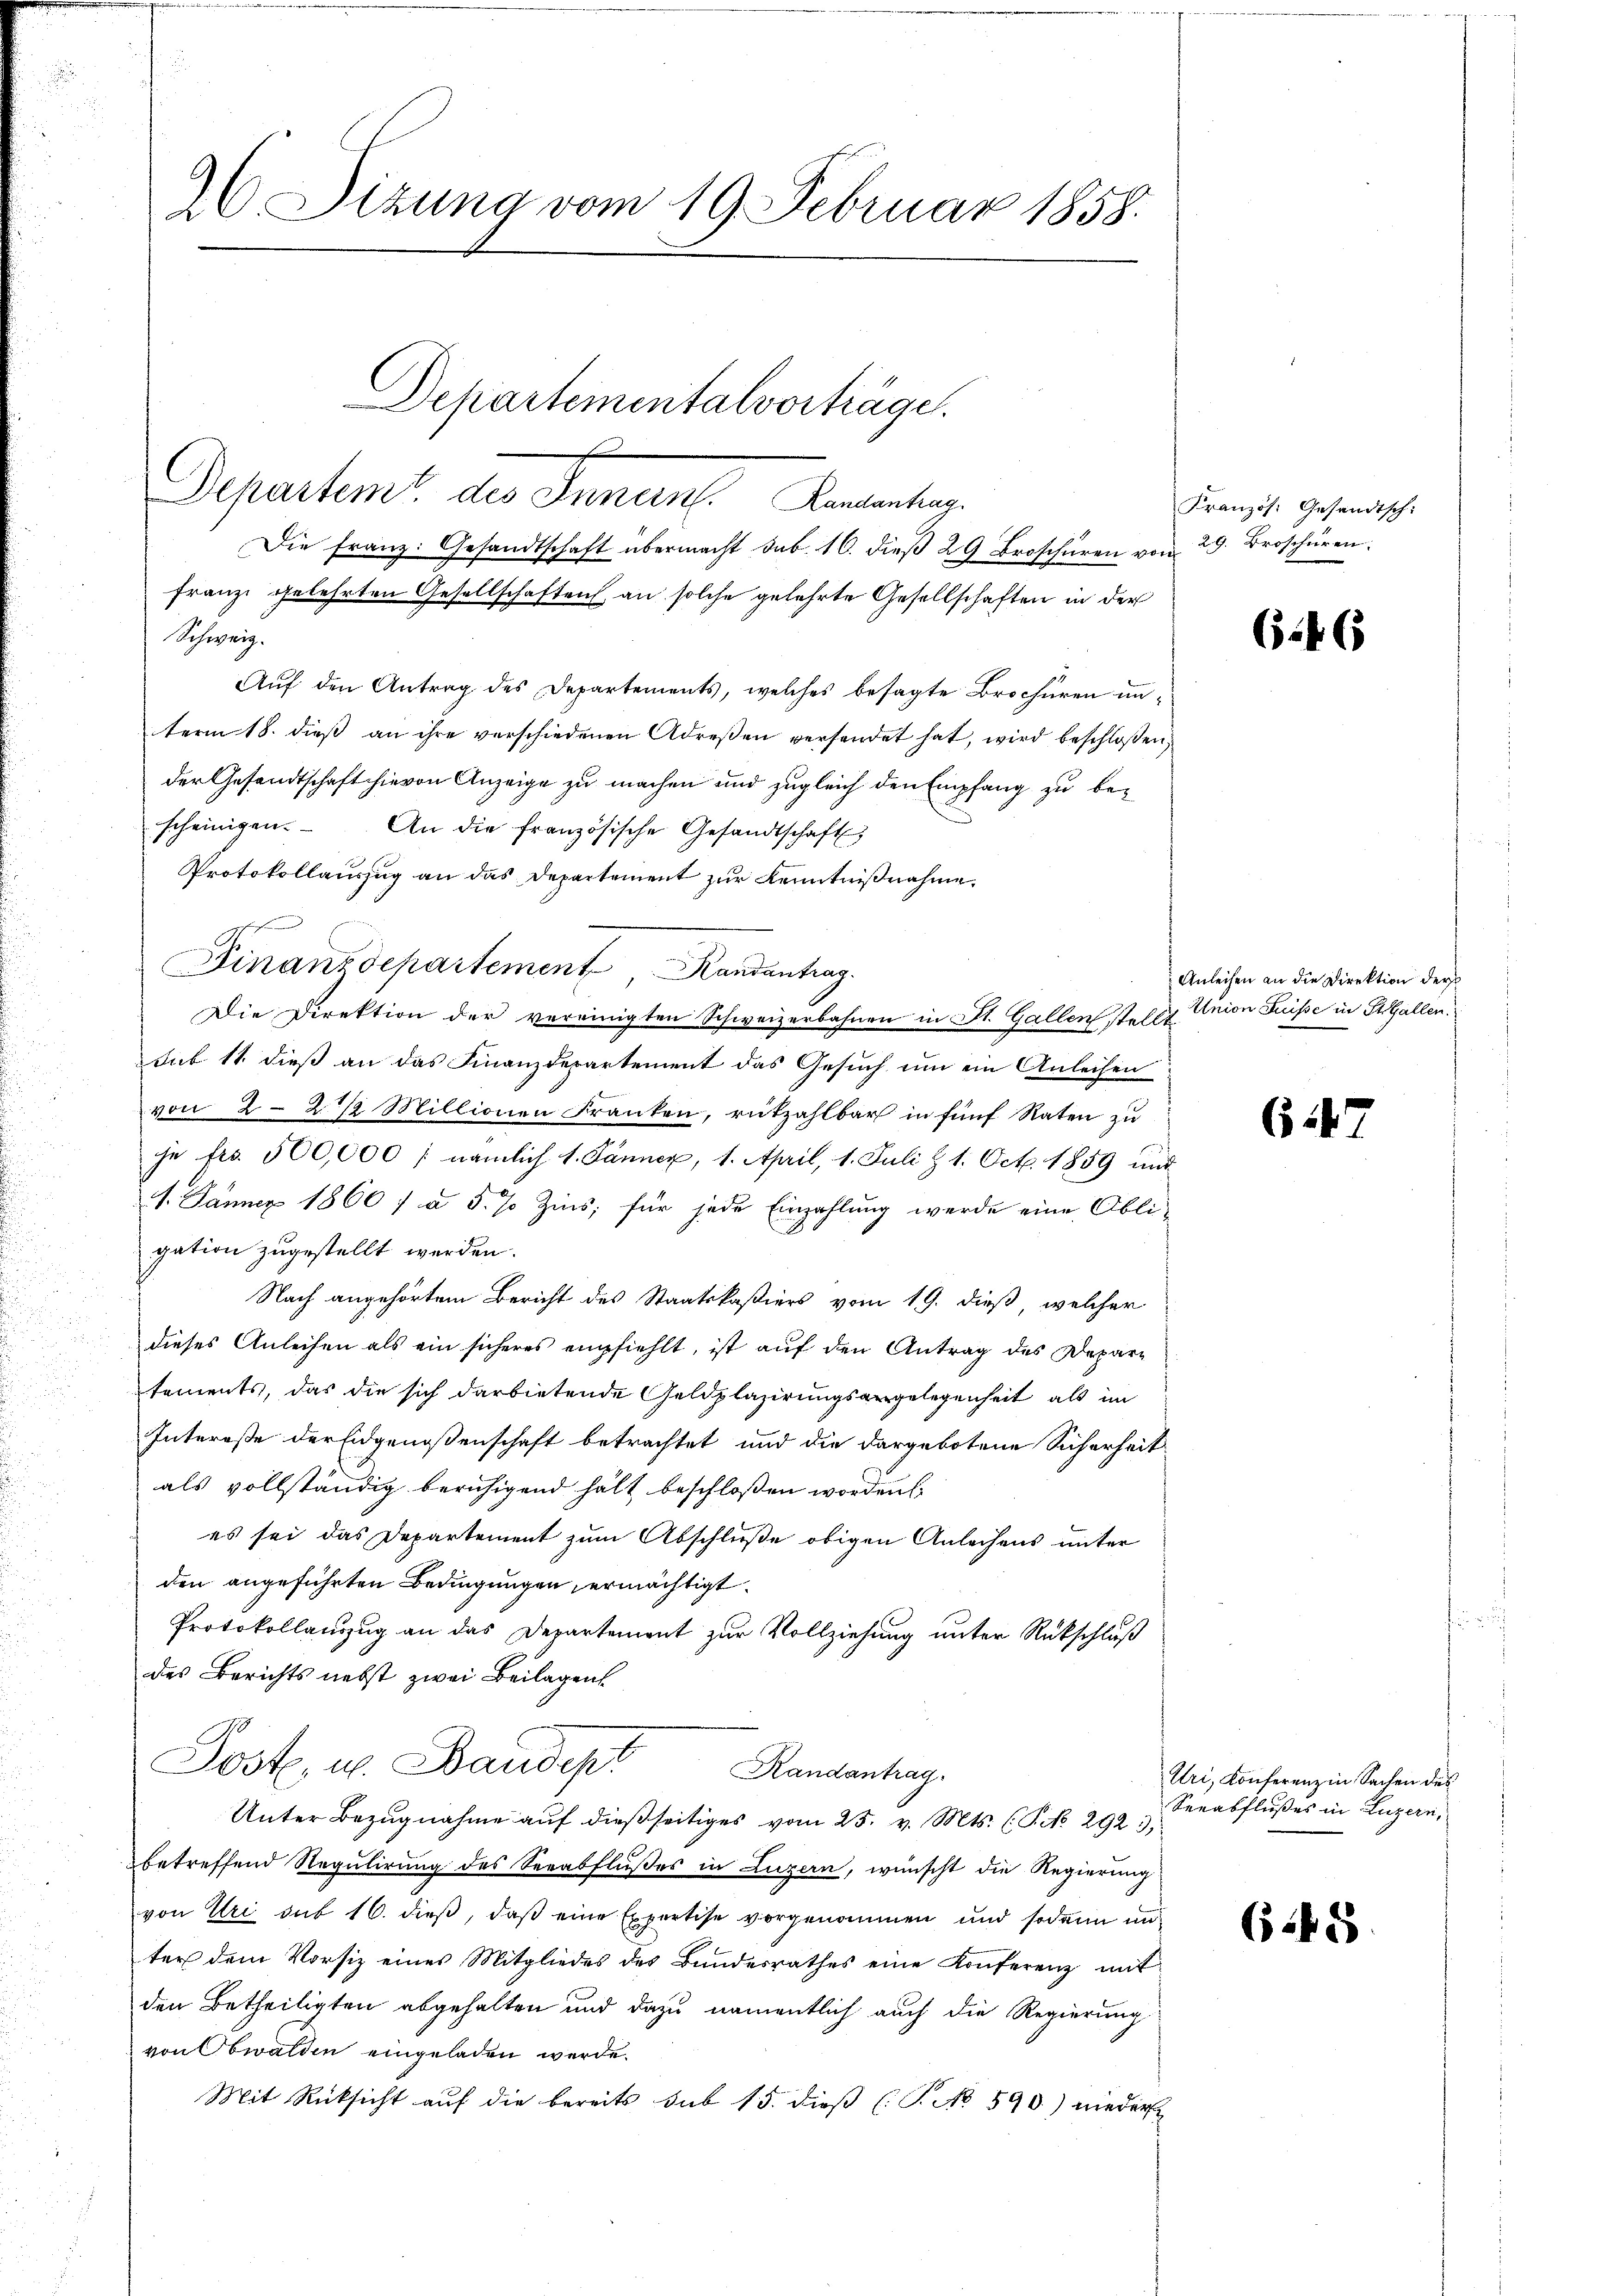
Franz gelehrten Gesellschaften an solche gelehrte Gesellschaften in der
Schweiz.
Auf den Antrag des Departements, welches besagte Brochüren unterm 18. dieß an ihre verschiedenen Adresen versendet hat, wird beschloßen,
der Gesandtschaft hievon Anzeige zu machen und zugleich den Empfang zu bescheinigen.
An die französische Gesandtschaft
Protokollauszug an das Departement zur Kenntnißnahme.
Finanzdepartement, Randantrag.
Die Direktion der vereinigten Schweizerbahnen in St. Gallen stellt. Union Suisse in St. Gallen.
sub 11 dieß an das Finanzdepartement das Gesuch um ein Anleihen
von 2 - 2 % Millionen Franken, rükzahlbar in fünf Raten zu
ihe fro. 500,000 : nämlich 1. Jänner, 1. April, 1. Juli § 1. Oct. 1859 und
1. Jänner 1860 / à 5 % Zins, für jede Einzahlung werde eine Obli-
gation zugestellt werden.
Nach angehörtem Bericht des Staatskastiers vom 19. dieß, welcher
dieses Anleihen als ein sicheres empfiehlt, ist auf den Antrag des Departements, das die sich darbietende Geldplazirungsangelegenheit als im
Interesse der Eidgenoßenschaft betrachtet und die dargebotene Sicherheit
als vollständig beruhigend hält beschloßen worden
es sei das Departement zum Abschluße obigen Anleihens unter
den angeführten Bedingungen ermächtigt.
Protokollanzug an das Departement zur Vollziehung unter Rückschluß
des Berichts nebst zwei Beilagen
Poste, u. Baudept
Randantrag.
Unter Bezŭgnahme aŭf dießseitiges vom 25. v. Mts. (T. No 292),
betreffend Regulirung des Seeabflußes in Luzern, wünscht die Regierung
von Uri sub 16. dieβ, daβ eine Expertise vorgenommen und sodann un
ter dem Vorsitz eines Mitgliedes des Bundesrathes eine Konferenz mit
den Betheiligten abgehalten und dazu namentlich auch die Regierung
von Obwalden eingeladen werde.
Mit Rücksicht auf die bereits sub 15. dieß (T. No 590) nieder

2 Sitzung vom 19. Februar 1858.

Die Franz: Gesandtschaft übermacht sub. 16. dieβ 29 Broschüren von 29. Broschüren.

Departementalvorträge.
Departens der Finant Kenntn

Französ. Gesandtsch:

6.46

Anleihen an die Direktion der

(§ 24

Uri, Konferenz in Sachen des
Seeabflußes in Luzern,

645.